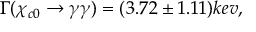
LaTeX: \Gamma ( \chi _ { c 0 } \rightarrow \gamma \gamma ) = ( 3 . 7 2 \pm 1 . 1 1 ) k e v ,